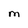
Character: M